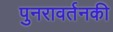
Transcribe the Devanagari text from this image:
पुनरावर्तनकी